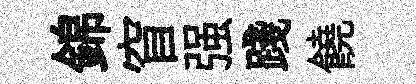
錦窅强踐饒